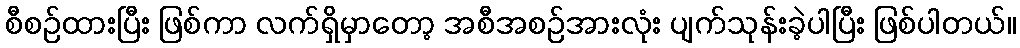
စီစဉ်ထားပြီး ဖြစ်ကာ လက်ရှိမှာတော့ အစီအစဉ်အားလုံး ပျက်သုန်းခဲ့ပါပြီး ဖြစ်ပါတယ်။